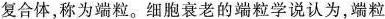
复合体，称为端粒。细胞衰老的端粒学说认为，端粒